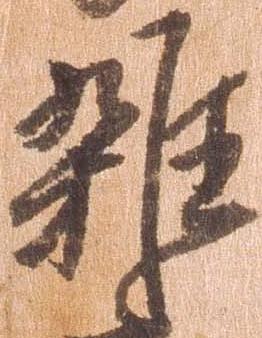
雑